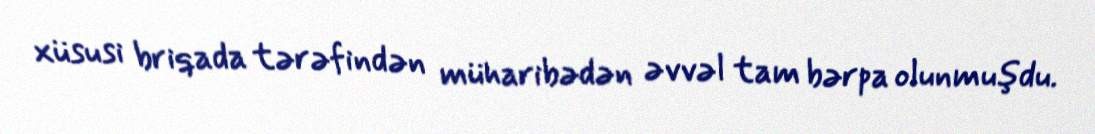
xüsusi briqada tərəfindən müharibədən əvvəl tam bərpa olunmuşdu.